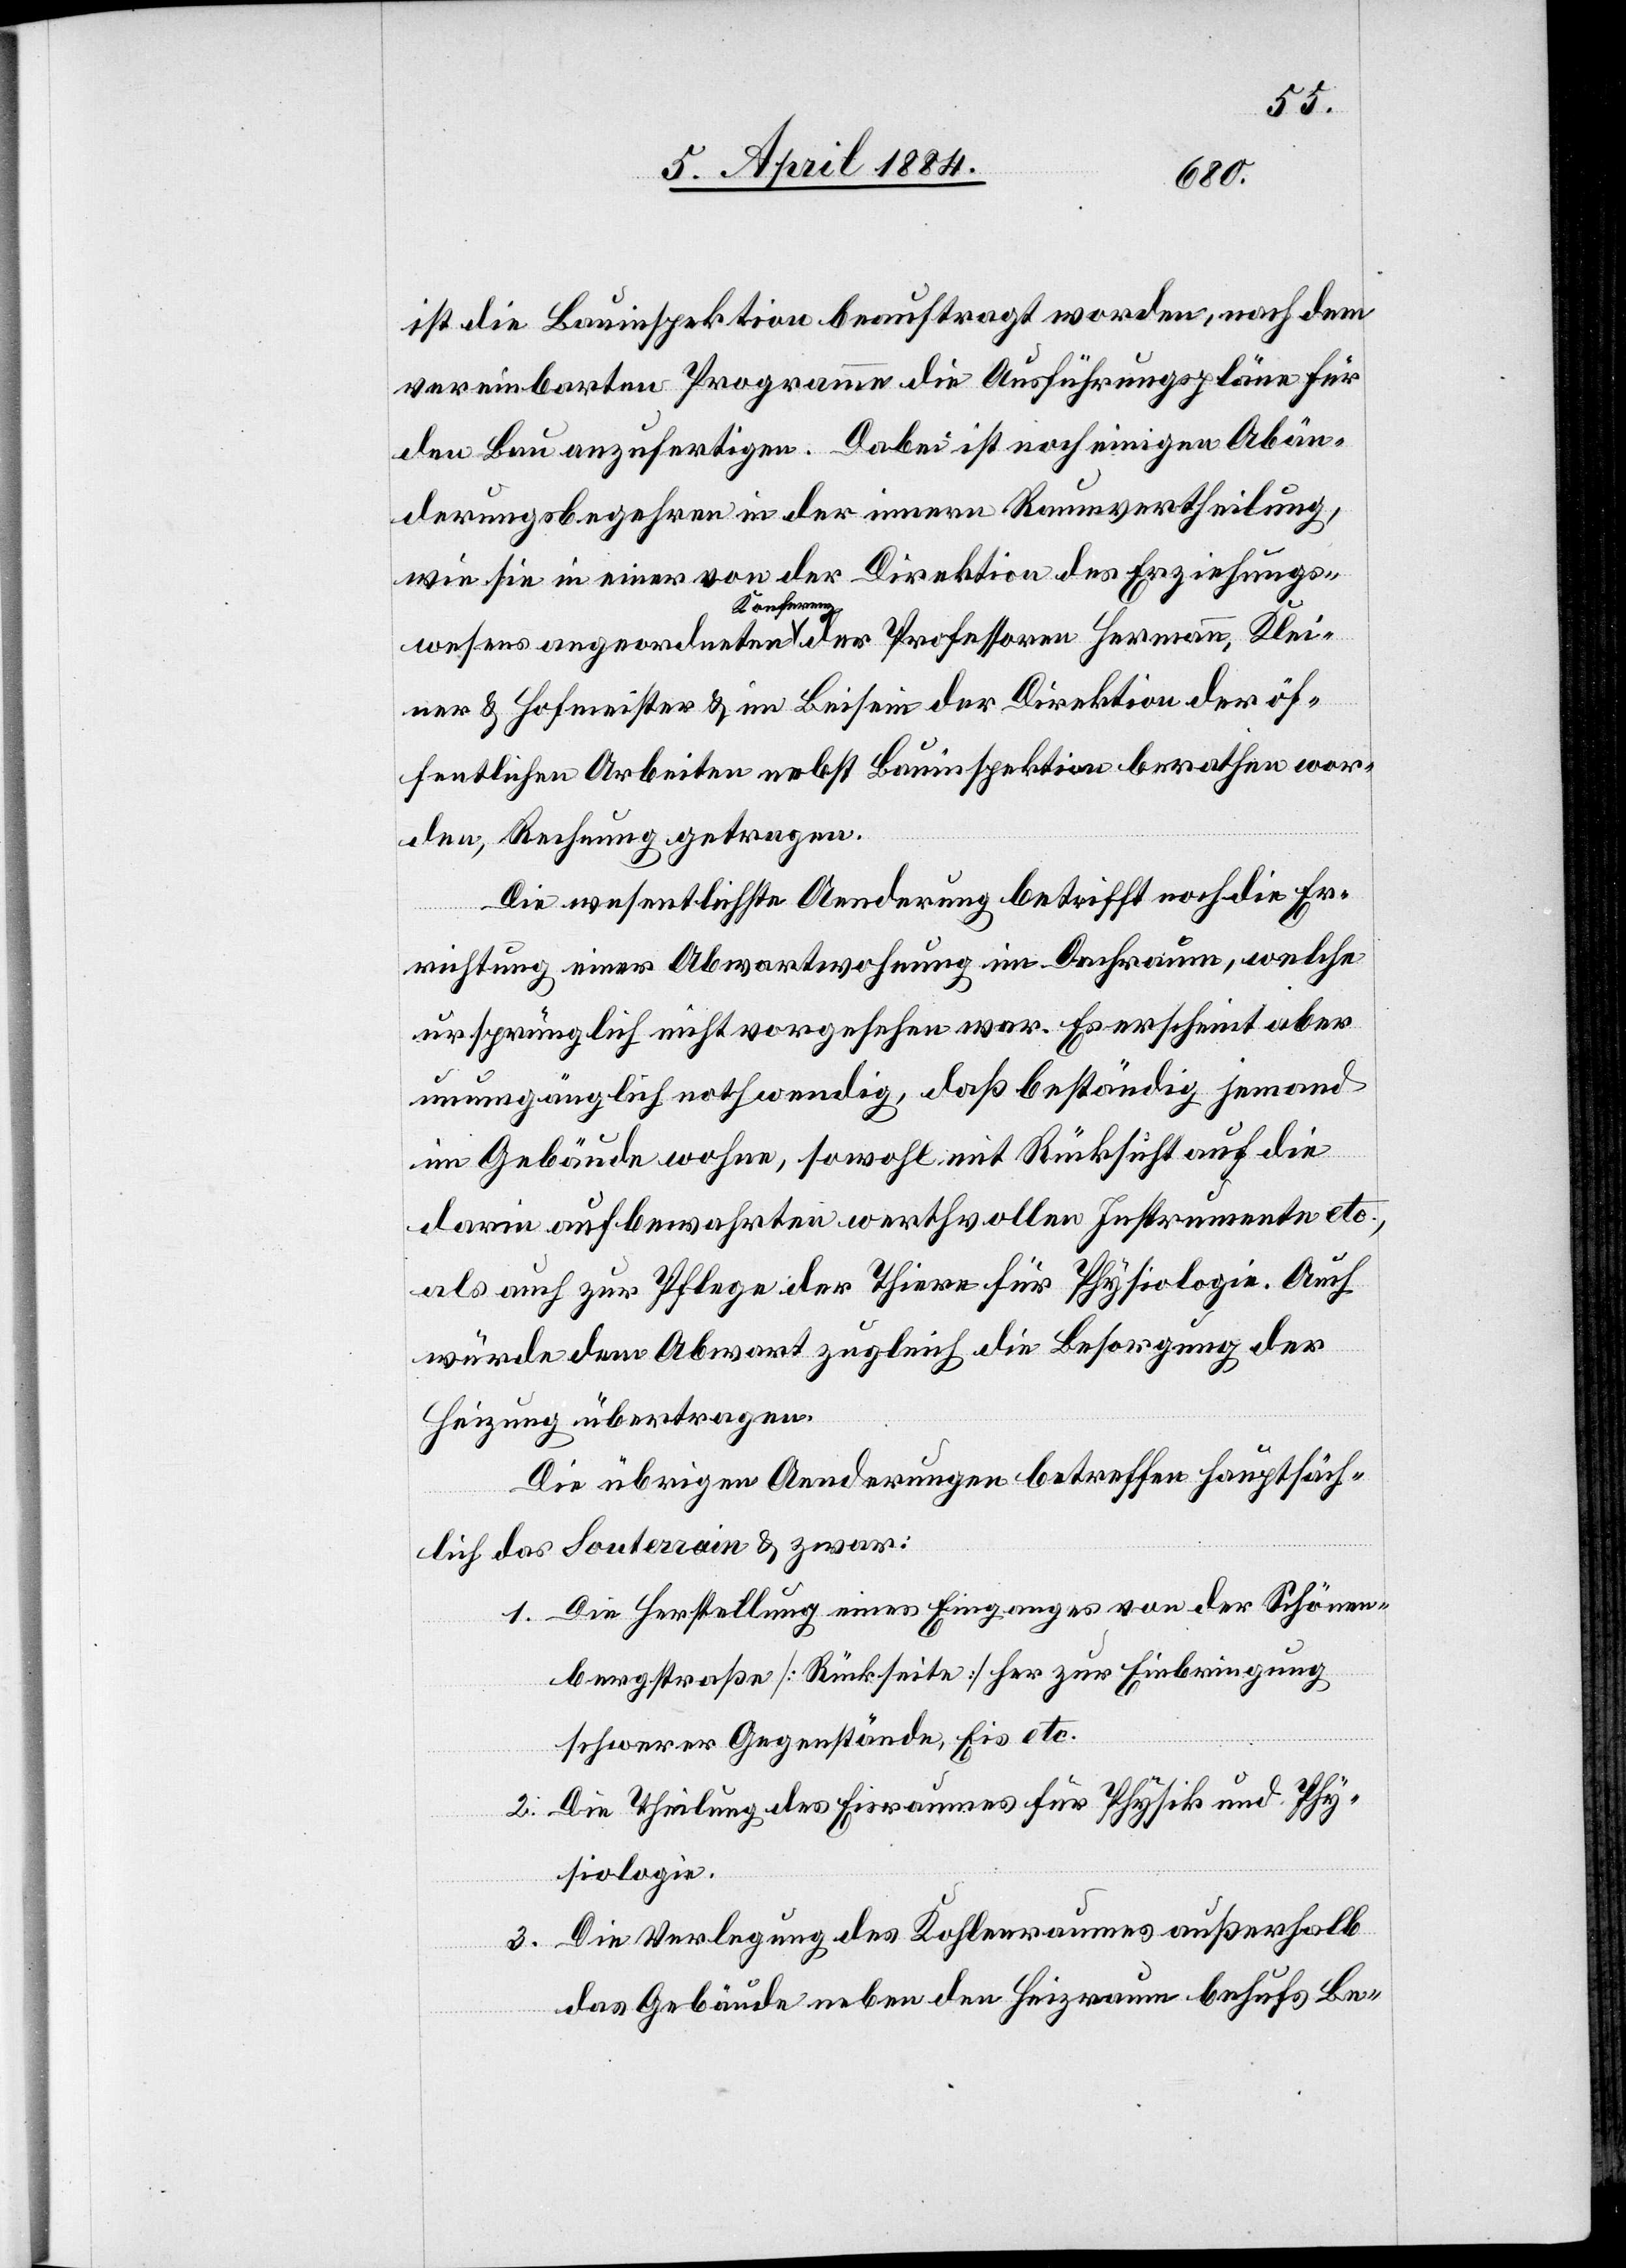
ist die Bauinspektion beauftragt worden, nach dem
vereinbarten Programme die Ausführungspläne für
den Bau anzufertigen. Dabei ist noch einigen Abän¬
derungsbegehren in der innern Raumvertheilung,
wie sie in einer von der Direktion des Erziehungs¬
wesens angeordneten a-Konferenz-a der Professoren Hermann, Klei¬
ner & Hofmeister & im Beisein der Direktion der öf¬
fentlichen Arbeiten nebst Bauinspektion berathen wor¬
den, Rechnung getragen.
Die wesentlichste Aenderung betrifft noch die Er¬
richtung einer Abwartwohnung im Dachraum, welche
ursprünglich nicht vorgesehen war. Es erscheint aber
unumgänglich nothwendig, daß beständig jemand
im Gebäude wohne, sowohl mit Rücksicht auf die
darin aufbewahrten werthvollen Instrumente etc.
als auch zur Pflege der Thiere für Physiologie. Auch
würde dem Abwart zugleich die Besorgung der
Heizung übertragen.
Die übrigen Aenderungen betreffen hauptsäch¬
lich das Souterrain & zwar:
1. Die Herstellung eines Einganges von der Schönen¬
bergstraße [Rückseite] her zur Einbringung
schwerer Gegenstände, Eis etc.
2. Die Theilung des Eisraumes für Physik und Phy¬
siologie.
Die Verlegung des Kohlenraumes außerhalb
3.
das Gebäude neben den Heizraum behufs Be-